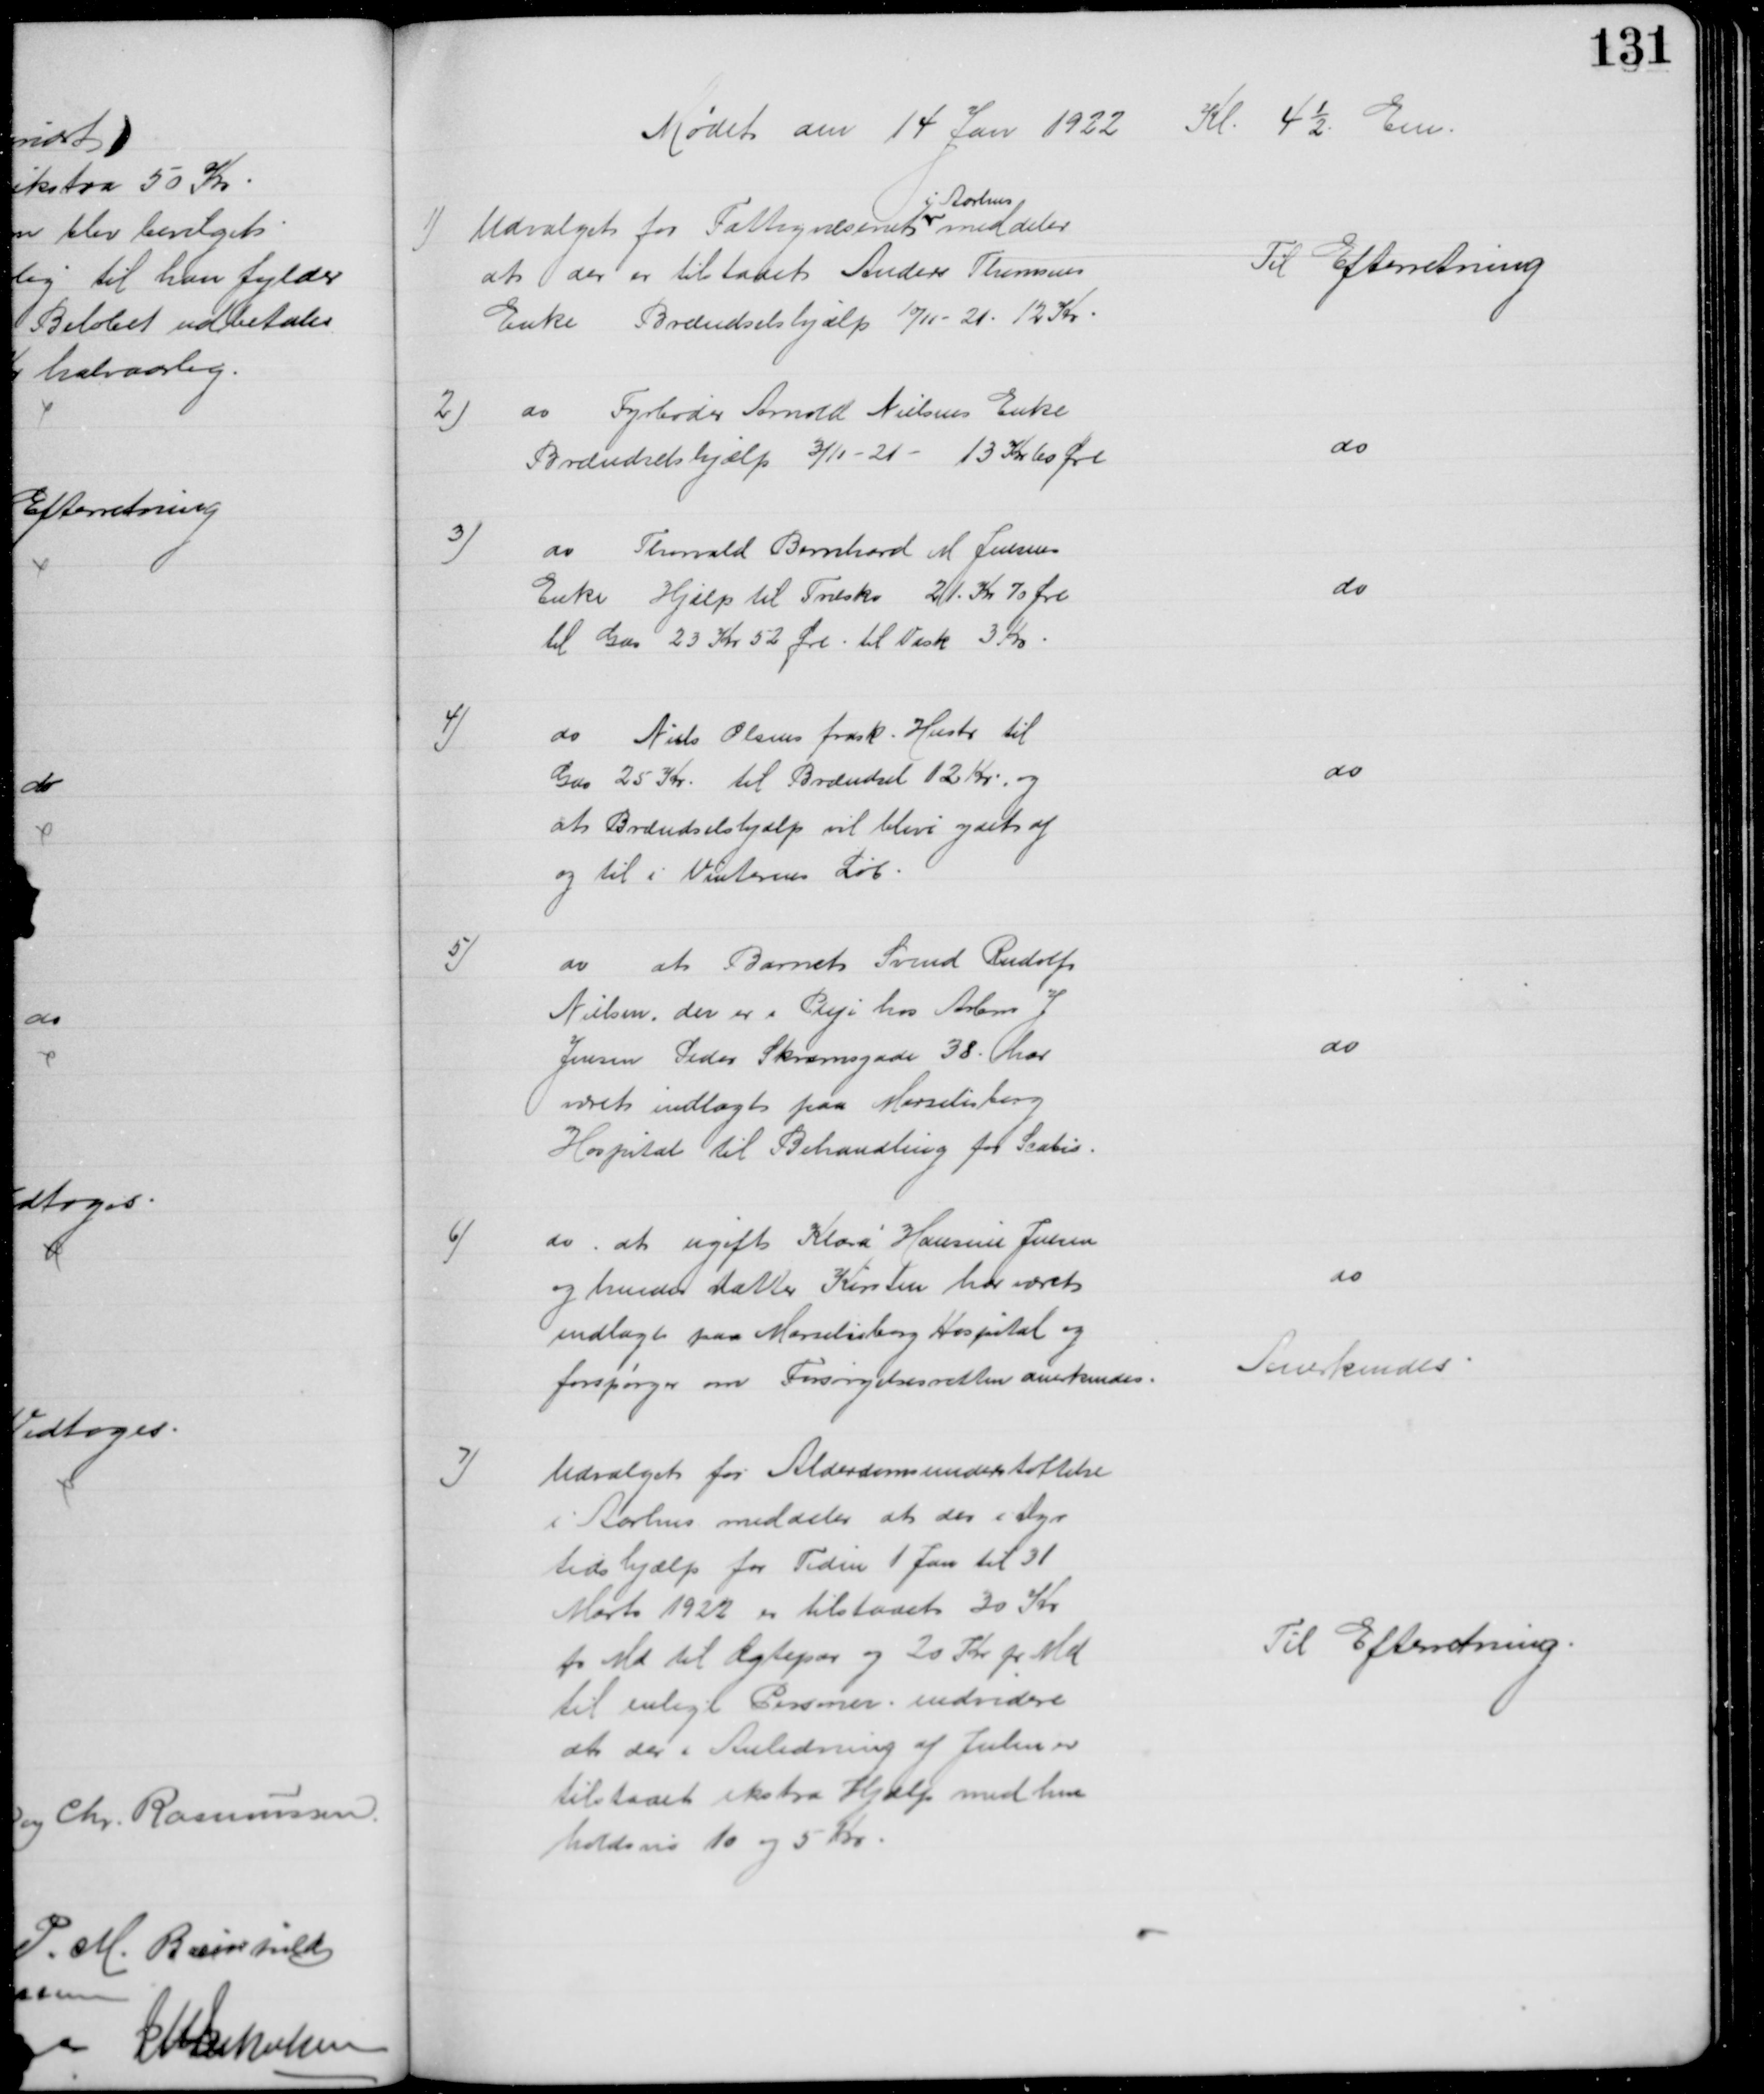
Transskription:
Mødet den 14 Jan 1922 Kl. 4½ Em.
1) Udvalget for Fattigvæsenet 
i Aarhus
meddeler
at der er tilstaaet Anders Thomsens
Enke Brændselshjælp 10/11 - 21. 12 Kr.
Til Efterretning
2)
do Fyrbøder Arnold Nielsens Enke
Brændselshjælp 3/11 - 21 - 13 Kr. 60 Øre
do
3)
do Thorvald Bernhard M Jensens
Enke Hjælp til Træsko 21 Kr 70 Øre
til Gas 23 Kr 52 Øre til Vask 3 Kr
do
4)
do Niels Olsens frask. Hustr til
Gas 25 Kr. til Brændsel 12 Kr. og
at Brændselshjælp vil blive ydet af 
og til i Vinterens Løb.
do
5)
do at Barnet Svend Rudolf
Nielsen, der er i Pleje hos Arbm J
Jensen Peder Skramsgade 38. har
været indlagt paa Marselisborg
Hospital til Behandling for Scabis.
do
6)
do at ugift Klara Hansine Jensen
og hendes Datter Kirsten har været
indlagt paa Marselisborg Hospital og 
forspørger om Forsørgelsesretten anerkendes.
do
Anerkendes
7)
Udvalget for Alderdomsunderstøttelse
i Aarhus meddeler at der i Dyr
tidshjælp for Tiden 1 Jan til 31
Marts 1922 er tilstaaet 30 Kr
pr Md til Ægtepar og 20 Kr pr Md
til enlige Personer endvidere
at der i Anledning af Julen er
tilstaaet ekstra Hjælp med hen
holdsvis 10 og 5 Kr.
Til Efterretning